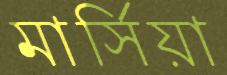
মার্সিয়া